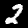
Label: 2